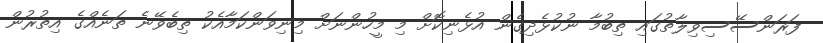
ފަރަންސޭސިވިލާތުގައި ތިބުމާ ނުކުޅެދިގެން އުޅެނިކޮށް މި މީހުންނަށް މިނިވަންކަމާއެކު ތިބެވޭނެ ތަނެއްގެ އިތުރުން